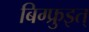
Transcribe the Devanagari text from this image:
बिग्फ्रुइत्